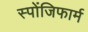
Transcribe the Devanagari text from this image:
स्पोंजिफार्म